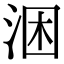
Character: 涃